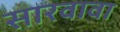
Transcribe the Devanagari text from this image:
सारवावा